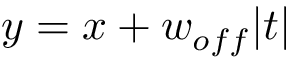
y = x + w _ { o f f } | t |